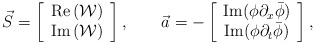
\begin{align*}\vec{S}= \left[ \begin{array}{c}{\rm Re}\left({\mathcal{W}}\right) \\{\rm Im}\left({\mathcal{W}}\right)\end{array}\right], \qquad\vec{a}=-\left[ \begin{array}{c}{\rm Im}(\phi\partial_x\bar{\phi})\\{\rm Im}(\phi\partial_t\bar{\phi})\end{array}\right],\end{align*}